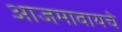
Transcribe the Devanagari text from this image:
आजमावायचे